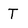
Character: T